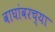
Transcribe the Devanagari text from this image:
वाघांवरच्या